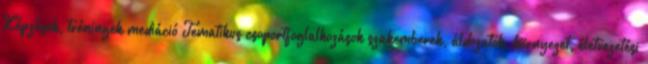
Képzések, tréningek mediáció Tematikus csoportfoglalkozások szakemberek, áldozatok, környezet, életvezetési